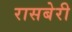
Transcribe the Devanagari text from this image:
रासबेरी